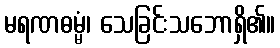
မရဏဓမ္မံ၊ သေခြင်းသဘောရှိ၏။